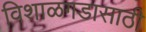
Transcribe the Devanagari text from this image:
विशाळगडासाठी